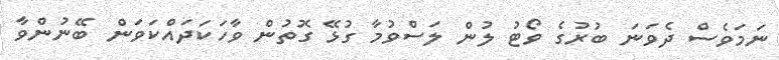
ނަމަވެސް ދެވަނަ ބުރުގެ ވޯޓު ލުން ލަސްވުމާ ގުޅޭ ގޮތުން ވާހަކަދައްކަވަން ބޭނުންވާ